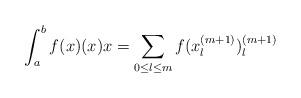
LaTeX: \begin{align*}\int_a^b f(x) (x) x = \sum_{0\leq l\leq m} f( x^{(m+1)}_l) ^{(m+1)}_{l}\end{align*}